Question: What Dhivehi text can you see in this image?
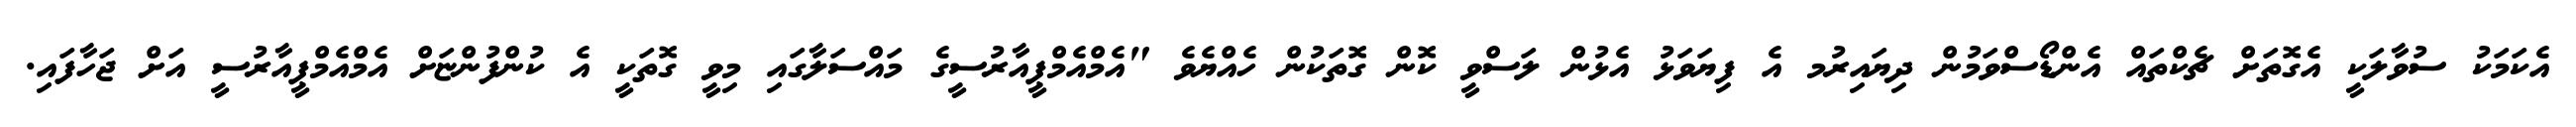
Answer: އެކަމަކު ސުވާލަކީ އެގޮތަށް ޗެކްތައް އެންޑޯސްވަމުން ދިޔައިރުމ އެ ފިޔަވަޅު އެޅުން ލަސްވީ ކޮން ގޮތަކުން ހެއްޔެވެ "އެމްއެމްޕީއާރުސީގެ މައްސަލާގައި މިވީ ގޮތަކީ އެ ކުންފުންޏަށް އެމްއެމްޕީއާރުސީ އަށް ޖަހާފައި.